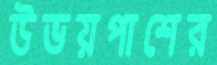
উভয়পাশের